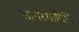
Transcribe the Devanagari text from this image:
सागरगामिनि